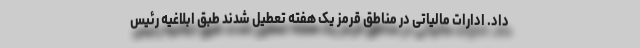
داد. ادارات مالیاتی در مناطق قرمز یک هفته تعطیل شدند طبق ابلاغیه رئیس